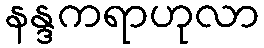
နန္ဒကရာဟုလာ